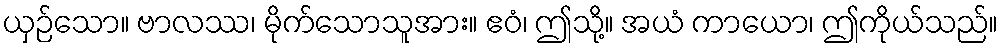
ယှဉ်သော။ ဗာလဿ၊ မိုက်သောသူအား။ ဧဝံ၊ ဤသို့။ အယံ ကာယော၊ ဤကိုယ်သည်။